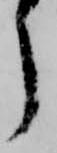
了